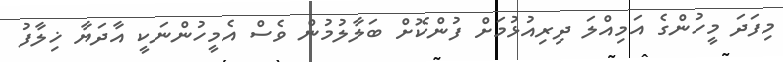
މިފަދަ މީހުންގެ އަމިއްލަ ދިރިއުޅުމަށް ފުންކޮށް ބަލާލުމުން ވެސް އެމީހުންނަކީ އާދަޔާ ޚިލާފު